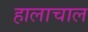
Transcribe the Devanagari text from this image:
हालाचाल